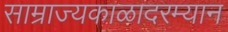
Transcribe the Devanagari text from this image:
साम्राज्यकाळादरम्यान